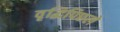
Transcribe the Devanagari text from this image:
वृद्धिपिछले